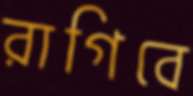
রাগিবে